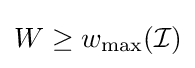
W\geq w_{\max }({\mathcal {I}})